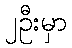
၂ဦးမှာ